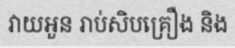
វាយអួន រាប់សិបគ្រឿង និង